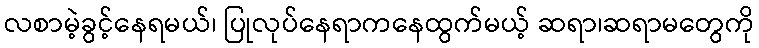
လစာမဲ့ခွင့်နေရမယ်၊ ပြုလုပ်နေရာကနေထွက်မယ့် ဆရာ၊ဆရာမတွေကို